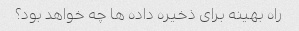
راه بهینه برای ذخیره داده ها چه خواهد بود؟